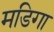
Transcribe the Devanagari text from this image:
मडिगा